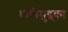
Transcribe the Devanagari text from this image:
ध्वनिमुद्र्का